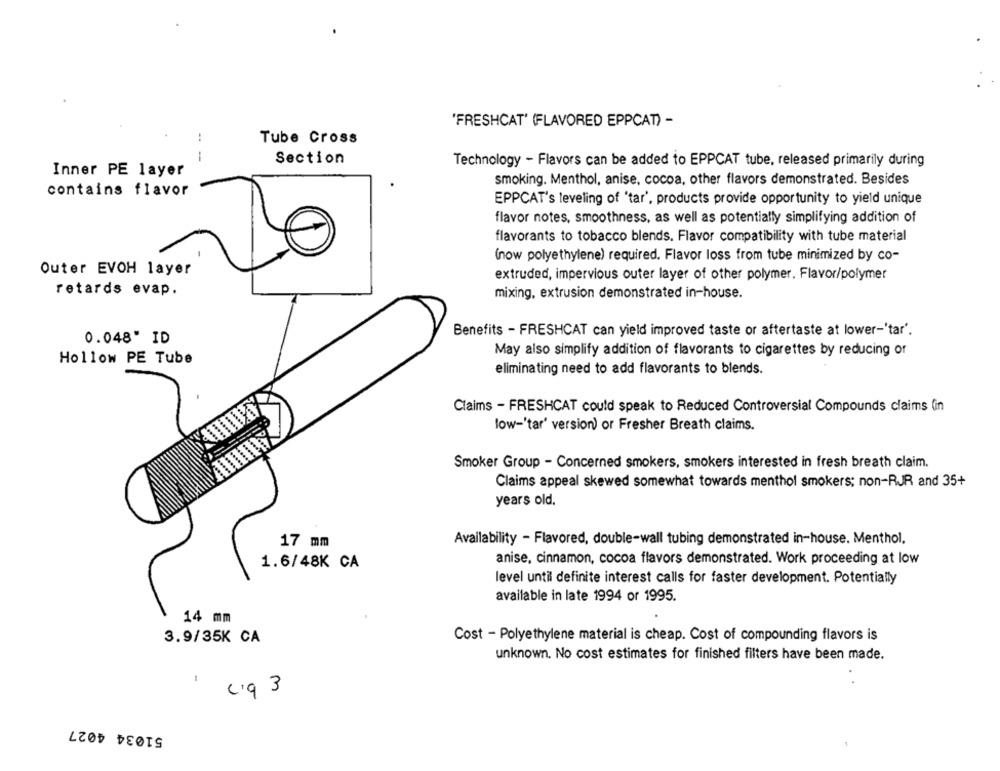
'FRESHCAT' (FLAVORED EPPCAT) -
..
Tube Cross
-
Section
Technology - Flavors can be added to EPPCAT tube, released primarily during
Inner PE layer
smoking. Menthol, anise, cocoa, other flavors demonstrated. Besides
contains flavor
EPPCAT's leveling of 'tar', products provide opportunity to yield unique
flavor notes, smoothness, as well as potentially simplifying addition of
flavorants to tobacco blends. Flavor compatibility with tube material
(now polyethylene) required. Flavor loss from tube minimized by co-
Outer EVOH layer
extruded, impervious outer layer of other polymer. Flavor/polymer
retards evap.
mixing, extrusion demonstrated in-house.
Benefits - FRESHCAT can yield improved taste or aftertaste at lower-'tar'.
0.048" ID
May also simplify addition of flavorants to cigarettes by reducing of
Hollow PE Tube
eliminating need to add flavorants to blends.
Claims - FRESHCAT could speak to Reduced Controversial Compounds claims (in
low-'tar' version) or Fresher Breath claims.
Smoker Group - Concerned smokers, smokers interested in fresh breath claim.
Claims appeal skewed somewhat towards menthol smokers; non-RJR and 35+
years old.
Availability - Flavored, double-wall tubing demonstrated in-house. Menthol.
17 mm
1.6/48K CA
anise, cinnamon, cocoa flavors demonstrated. Work proceeding at low
level until definite interest calls for faster development. Potentially
available in late 1994 or 1995.
14 mm
3.9/35K CA
Cost - Polyethylene material is cheap. Cost of compounding flavors is
unknown. No cost estimates for finished filters have been made.
c.9 3
51034 4027